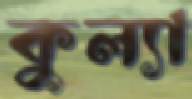
কুল্যা